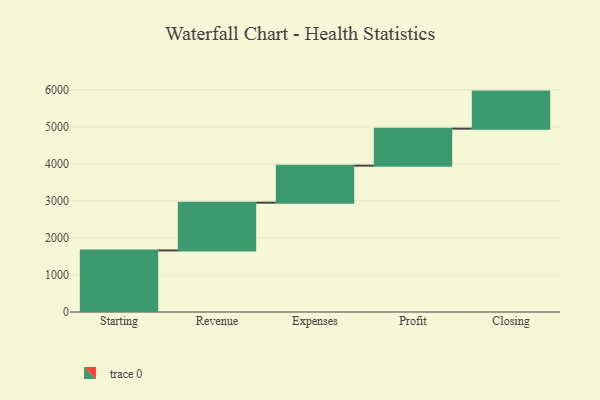
{"axis": {"x": "Step", "y": "Value"}, "legend": [""], "data": [{"x": "Starting", "y": 1663.0, "type": ""}, {"x": "Revenue", "y": 1289.0, "type": ""}, {"x": "Expenses", "y": 1000, "type": ""}, {"x": "Profit", "y": 1000, "type": ""}, {"x": "Closing", "y": 1000, "type": ""}]}